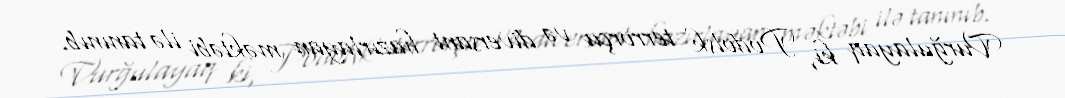
Vurğulayaq ki, Podolsk terrorçu və diversant hazırlayan məktəbi ilə tanınıb.